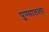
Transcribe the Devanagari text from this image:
पुण्यातला